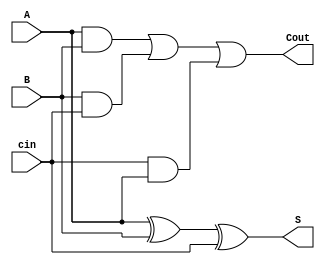
`timescale 1ns / 1ps
//////////////////////////////////////////////////////////////////////////////////
// Company: 
// Engineer: 
// 
// Design Name: 
// Module Name: FullAdder
// Project Name: 
// Target Devices: 
// Tool Versions: 
// Description: 
// 
// Dependencies: 
// 
// Revision:
// Revision 0.01 - File Created
// Additional Comments:
// 
//////////////////////////////////////////////////////////////////////////////////


module Fulladder(A,B,cin,S,Cout);
    input A;
    input B;
    input cin;
    output S;
    output Cout;
    wire ab,bc,ca;
    xor(S,A,B,cin);
    and(ab,A,B);
    and(bc,B,cin);
    and(ca,cin,A);
    or(Cout,ab,bc,ca);
endmodule